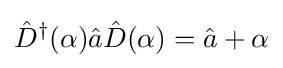
{\hat {D}}^{\dagger }(\alpha ){\hat {a}}{\hat {D}}(\alpha )={\hat {a}}+\alpha